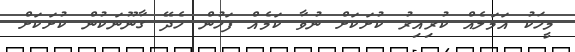
މީހަކު އަމަލެއް ކުރިއިރު ކުށަކަށް ނުވާ ކަމެއް ފަހުން ހެދޭ ގާނޫނަކުން ކުށަކަށް